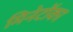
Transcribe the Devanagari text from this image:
मिनेटोंका